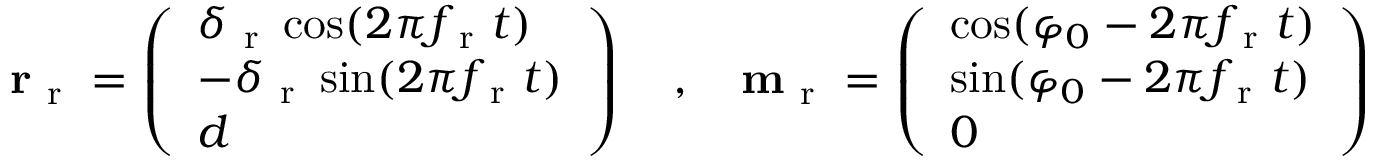
\begin{array} { r } { \mathbf { r } _ { \mathrm { ~ r ~ } } = \left( \begin{array} { l } { \delta _ { \mathrm { ~ r ~ } } \cos ( 2 \pi f _ { \mathrm { ~ r ~ } } t ) } \\ { - \delta _ { \mathrm { ~ r ~ } } \sin ( 2 \pi f _ { \mathrm { ~ r ~ } } t ) } \\ { d } \end{array} \right) \quad , \quad \mathbf { m } _ { \mathrm { ~ r ~ } } = \left( \begin{array} { l } { \cos ( \varphi _ { 0 } - 2 \pi f _ { \mathrm { ~ r ~ } } t ) } \\ { \sin ( \varphi _ { 0 } - 2 \pi f _ { \mathrm { ~ r ~ } } t ) } \\ { 0 } \end{array} \right) } \end{array}